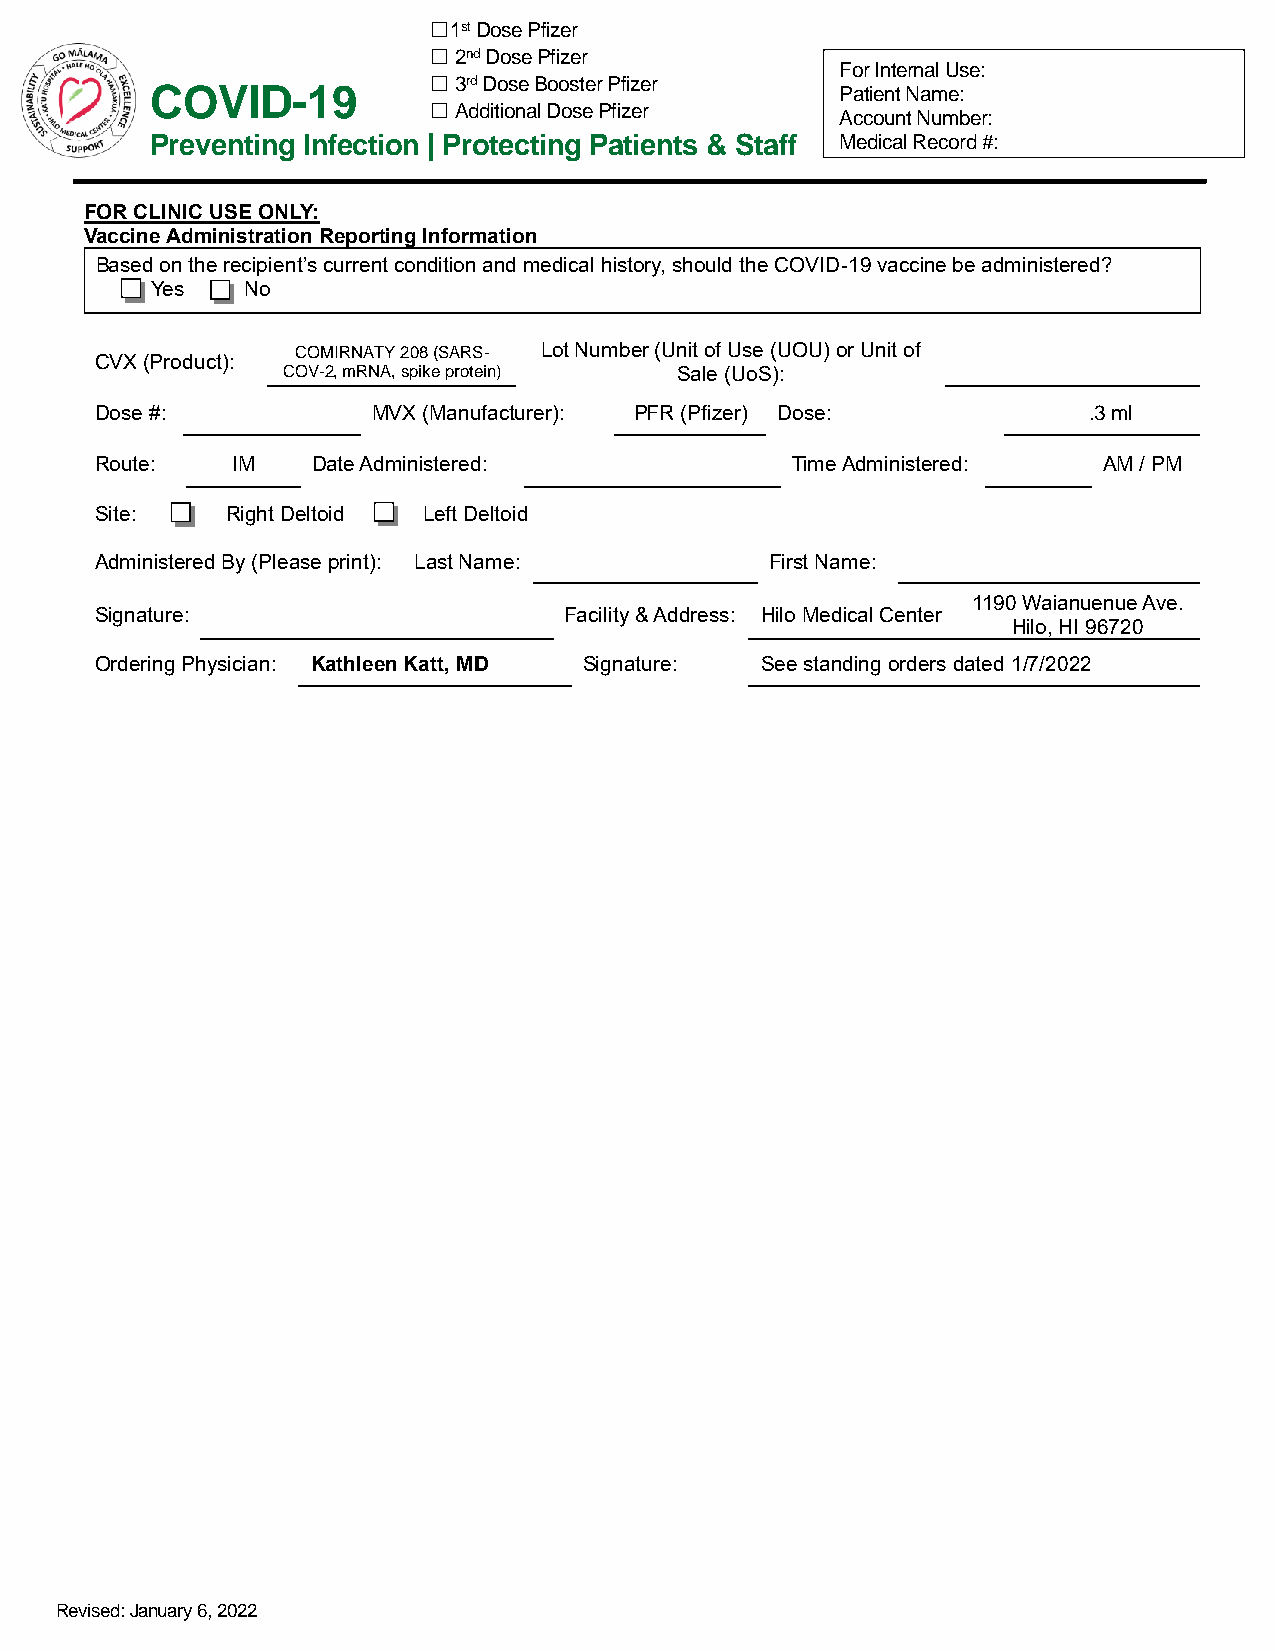
☐1st Dose Pfizer
 ☐ 2nd Dose Pfizer
 For Internal Use:
 ☐ 3rd Dose Booster Pfizer
 COVID-19                                      Patient Name:
 ☐ Additional Dose Pfizer
 Account Number:
 Preventing Infection | Protecting Patients & Staff Medical Record #:
 FOR CLINIC USE ONLY:
 Vaccine Administration Reporting Information
 Based on the recipient’s current condition and medical history, should the COVID-19 vaccine be administered?
 Yes   No
 COMIRNATY 208 (SARS- Lot Number (Unit of Use (UOU) or Unit of
 CVX (Product):
 COV-2, mRNA, spike protein) Sale (UoS):
 Dose #:            MVX (Manufacturer): PFR (Pfizer) Dose:         .3 ml
 Route:   IM    Date Administered:             Time Administered:   AM / PM
 Site:    Right Deltoid Left Deltoid
 Administered By (Please print): Last Name:   First Name:
 1190 Waianuenue Ave.
 Signature:                     Facility & Address: Hilo Medical Center
 Hilo, HI 96720
 Ordering Physician: Kathleen Katt, MD Signature: See standing orders dated 1/7/2022
 Revised: January 6, 2022